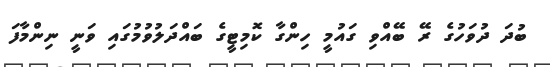
ބުދަ ދުވަހުގެ ރޭ ބޭއްވި ގައުމީ ހިންގާ ކޮމިޓީގެ ބައްދަލުވުމުގައި ވަނީ ނިންމާފަ